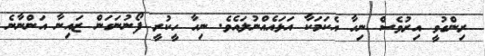
ރިންގުވީ އިރުވެސް ނިހާ އެކަމަކާ އަޅައެއްނުލައެވެ. ނިހާ ހީކުރީ ފޯނުނަގަން ޒައިނާ އަންނާނެ